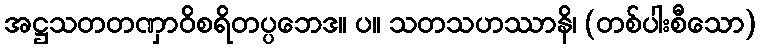
အဋ္ဌသတတဏှာဝိစရိတပ္ပဘေဒ။ ပ။ သတသဟဿာနိ၊ (တစ်ပါးစီသော)